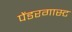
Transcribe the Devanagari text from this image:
पेंडरगास्ट